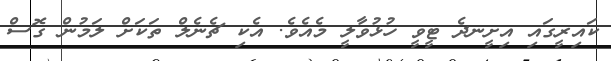
ކައިރީގައި އިށީނދެ ޓީވީ ހުޅުވާލީ މެއެވެ. އެކި ޗެނެލް ތަކަށް ލަމުން ގޮސް